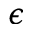
\epsilon